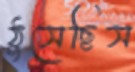
ঠুসেছিস